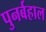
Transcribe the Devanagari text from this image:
पुनर्बहाल